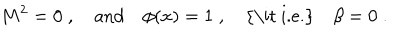
M ^ { 2 } = 0 \; , \quad \mathrm { a n d } \quad \phi ( x ) = 1 \; , \quad \mathrm { { \it ~ i . e . } } \quad \beta = 0 \; .